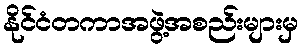
နိုင်ငံတကာအဖွဲ့အစည်းများမှ